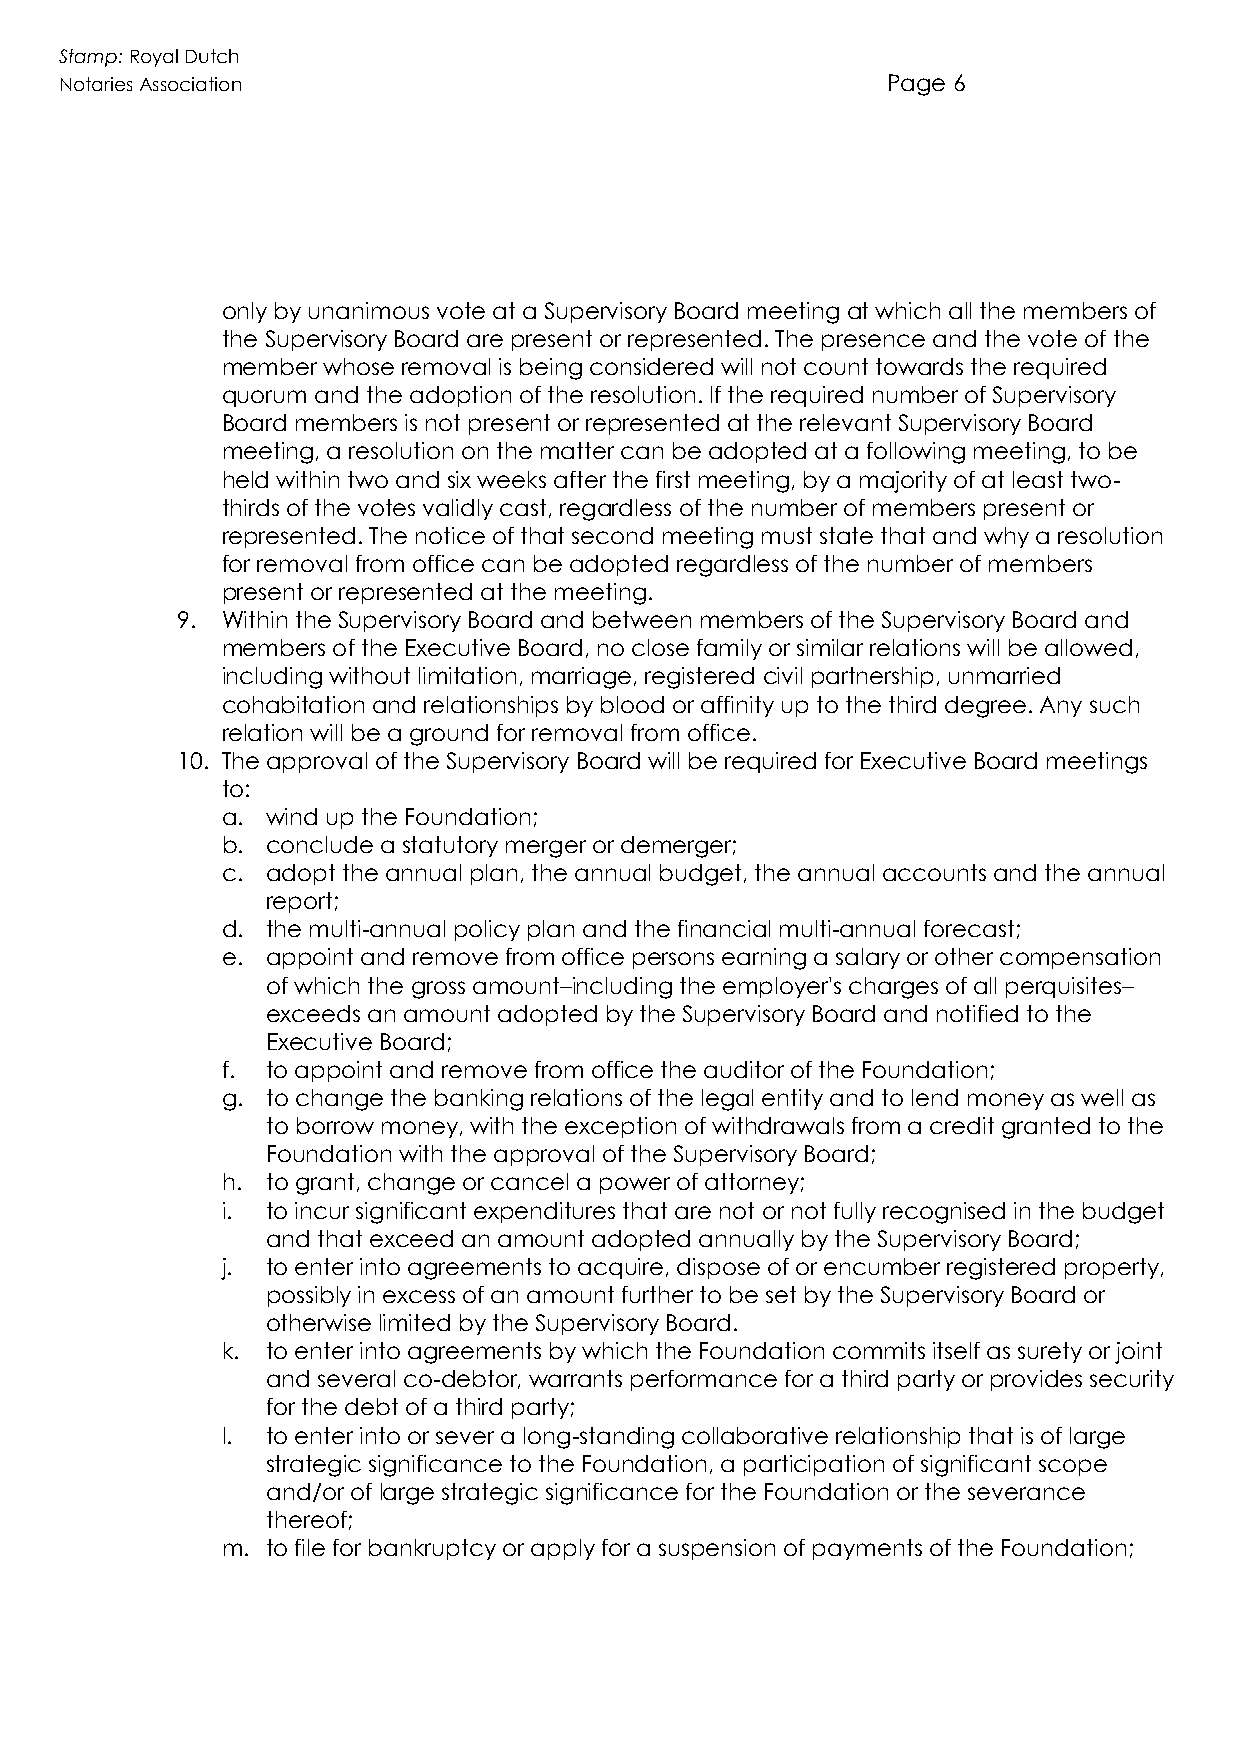
Stamp: Royal Dutch
 Notaries Association                                   Page 6
 only by unanimous vote at a Supervisory Board meeting at which all the members of
 the Supervisory Board are present or represented. The presence and the vote of the
 member whose removal is being considered will not count towards the required
 quorum and the adoption of the resolution. If the required number of Supervisory
 Board members is not present or represented at the relevant Supervisory Board
 meeting, a resolution on the matter can be adopted at a following meeting, to be
 held within two and six weeks after the first meeting, by a majority of at least two-
 thirds of the votes validly cast, regardless of the number of members present or
 represented. The notice of that second meeting must state that and why a resolution
 for removal from office can be adopted regardless of the number of members
 present or represented at the meeting.
 9. Within the Supervisory Board and between members of the Supervisory Board and
 members of the Executive Board, no close family or similar relations will be allowed,
 including without limitation, marriage, registered civil partnership, unmarried
 cohabitation and relationships by blood or affinity up to the third degree. Any such
 relation will be a ground for removal from office.
 10. The approval of the Supervisory Board will be required for Executive Board meetings
 to:
 a. wind up the Foundation;
 b. conclude a statutory merger or demerger;
 c. adopt the annual plan, the annual budget, the annual accounts and the annual
 report;
 d. the multi-annual policy plan and the financial multi-annual forecast;
 e. appoint and remove from office persons earning a salary or other compensation
 of which the gross amount–including the employer's charges of all perquisites–
 exceeds an amount adopted by the Supervisory Board and notified to the
 Executive Board;
 f. to appoint and remove from office the auditor of the Foundation;
 g. to change the banking relations of the legal entity and to lend money as well as
 to borrow money, with the exception of withdrawals from a credit granted to the
 Foundation with the approval of the Supervisory Board;
 h. to grant, change or cancel a power of attorney;
 i. to incur significant expenditures that are not or not fully recognised in the budget
 and that exceed an amount adopted annually by the Supervisory Board;
 j. to enter into agreements to acquire, dispose of or encumber registered property,
 possibly in excess of an amount further to be set by the Supervisory Board or
 otherwise limited by the Supervisory Board.
 k. to enter into agreements by which the Foundation commits itself as surety or joint
 and several co-debtor, warrants performance for a third party or provides security
 for the debt of a third party;
 l. to enter into or sever a long-standing collaborative relationship that is of large
 strategic significance to the Foundation, a participation of significant scope
 and/or of large strategic significance for the Foundation or the severance
 thereof;
 m. to file for bankruptcy or apply for a suspension of payments of the Foundation;